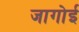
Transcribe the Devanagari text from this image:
जागोई